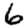
Digit: 6